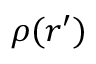
\rho ( { \boldsymbol { r } } ^ { \prime } )